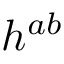
h ^ { a b }